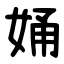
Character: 㛚